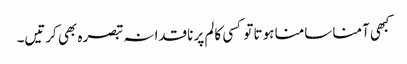
کبھی آمنا سامنا ہوتا تو کسی کالم پر ناقدانہ تبصرہ بھی کرتیں۔